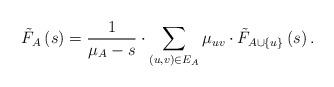
LaTeX: \begin{align*}\tilde{F}_{A}\left(s \right) = \frac{1}{\mu_A - s} \cdot \sum_{(u,v) \in E_A } \mu_{uv}\cdot \tilde{F}_{A\cup\{u\}}\left(s\right).\end{align*}